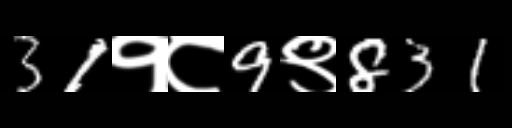
Text: 31१८9९831